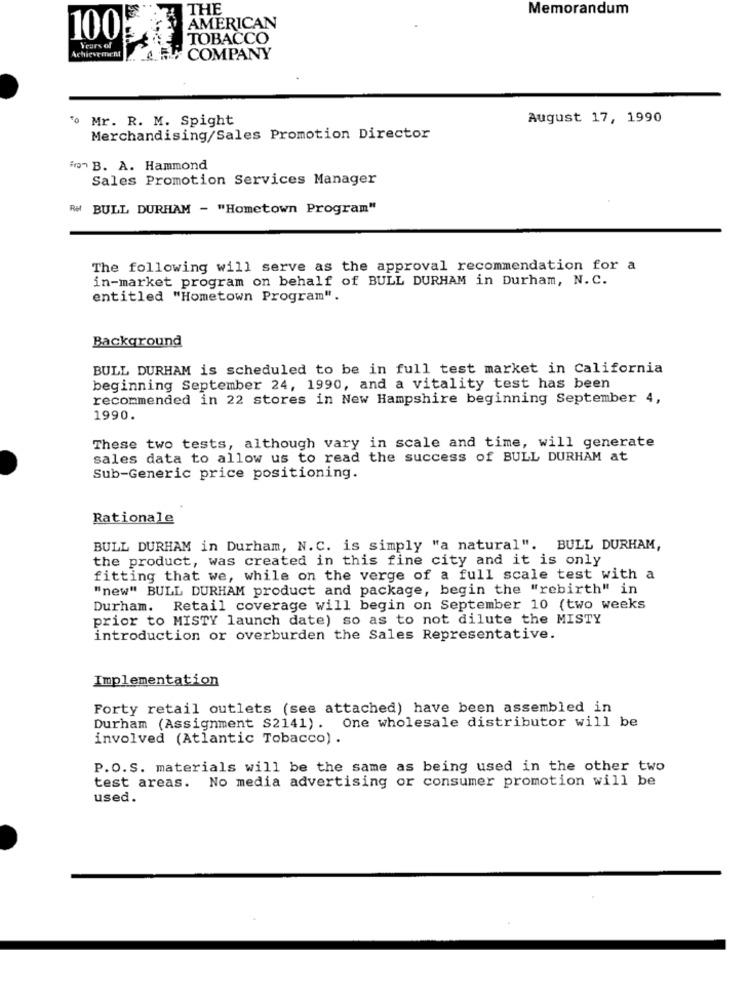
THE
Memorandum
AMERICAN
100
TOBACCO
Years of
5+ COMPANY
"o Mr. R. M. Spight
August 17, 1990
Merchandising/Sales Promotion Director
io B. A. Hammond
Sales Promotion Services Manager
Re BULL DURHAM - "Hometown Program"
The following will serve as the approval recommendation for a
in-market program on behalf of BULL DURHAM in Durham, N.C.
entitled "Hometown Program".
Background
BULL DURHAM is scheduled to be in full test market in California
beginning September 24, 1990, and a vitality test has been
recommended in 22 stores in New Hampshire beginning September 4,
1990.
These two tests, although vary in scale and time, will generate
sales data to allow us to read the success of BULL DURHAM at
Sub-Generic price positioning.
Rationale
BULL DURHAM in Durham, N.C. is simply "a natural". BULL DURHAM,
the product, was created in this fine city and it is only
fitting that we, while on the verge of a full scale test with a
"new" BULL DURHAM product and package, begin the "rebirth" in
Durham. Retail coverage will begin on September 10 (two weeks
prior to MISTY launch date) so as to not dilute the MISTY
introduction or overburden the Sales Representative.
Implementation
Forty retail outlets (see attached) have been assembled in
Durham (Assignment S2141). One wholesale distributor will be
involved (Atlantic Tobacco) .
P.O.S. materials will be the same as being used in the other two
test areas. No media advertising or consumer promotion will be
used.